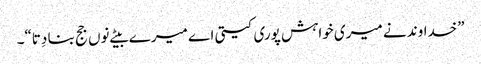
”خداوند نے میری خواہش پوری کیتی اے میرے بیٹے نوں جج بنا دِتا“۔